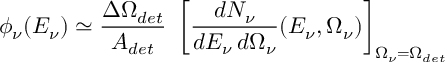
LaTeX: \phi _ { \nu } ( E _ { \nu } ) \simeq { \frac { \Delta \Omega _ { d e t } } { A _ { d e t } } } ~ \left[ { \frac { d N _ { \nu } } { d E _ { \nu } \, d \Omega _ { \nu } } } ( E _ { \nu } , \Omega _ { \nu } ) \right] _ { \Omega _ { \nu } = \Omega _ { d e t } }